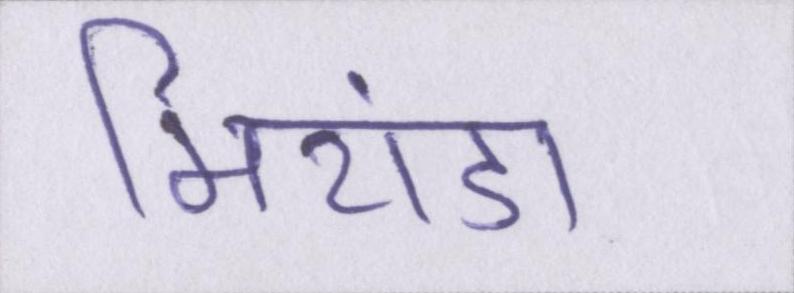
मिरांडा